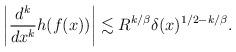
LaTeX: \begin{align*}\left| \frac{d^k}{dx^k} h(f(x)) \right| & \lesssim R^{k/\beta} \delta(x)^{1/2-k/\beta}.\end{align*}